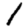
Digit: 1